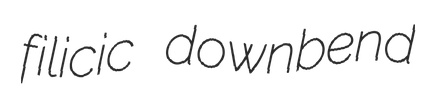
filicic downbend